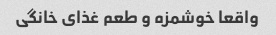
واقعا خوشمزه و طعم غذای خانگی